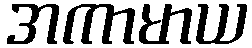
အကာမာယ